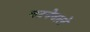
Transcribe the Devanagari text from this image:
घटनेवाले